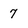
Character: 7